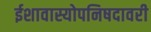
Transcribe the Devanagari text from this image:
ईशावास्योपनिषदावरी